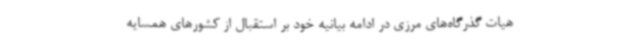
هیات گذرگاه‌های مرزی در ادامه بیانیه خود بر استقبال از کشورهای همسایه